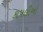
કાપલીઓ